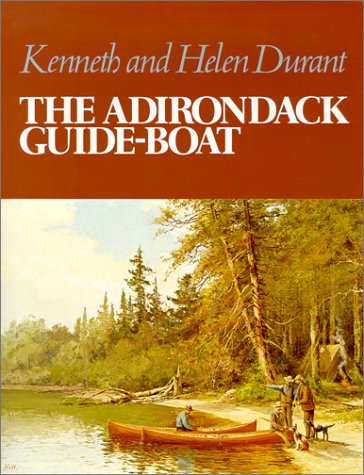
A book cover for Adirondack Guide-Boat (Adirondack Museum); Kenneth Durant; Arts & Photography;